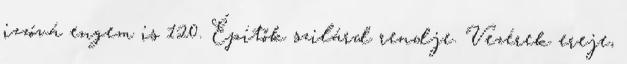
izzóvá engem is 120. Építők szilárd rendje. Vezérek ereje,